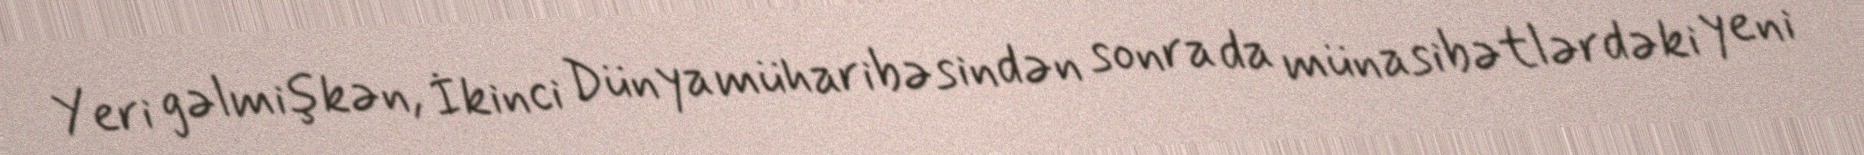
Yeri gəlmişkən, İkinci Dünya müharibəsindən sonra da münasibətlərdəki yeni